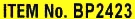
ITEM No. BP2423